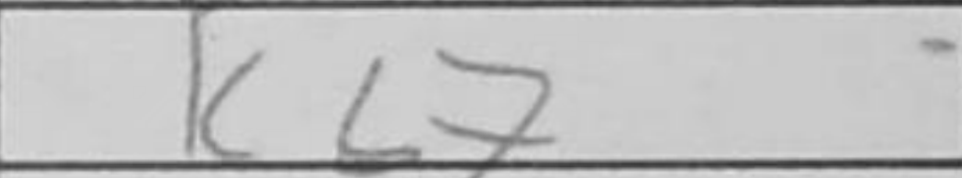
Transcription: Kb7